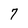
Character: 7